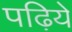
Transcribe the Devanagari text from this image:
पढ़िये